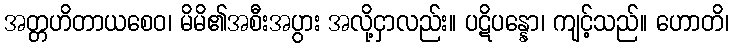
အတ္တဟိတာယစေဝ၊ မိမိ၏အစီးအပွား အလို့ငှာလည်း။ ပဋိပန္နော၊ ကျင့်သည်။ ဟောတိ၊